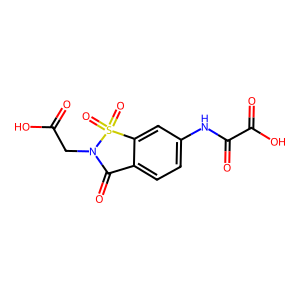
SMILES: O=C(O)CN1C(=O)c2ccc(NC(=O)C(=O)O)cc2S1(=O)=O
Inhibits HIV replication: No